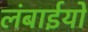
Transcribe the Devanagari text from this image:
लंबाईयों